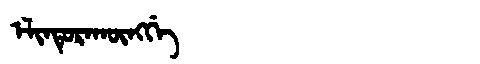
Manchu: ᡝᠯᡳᠨᡨᡠᡵᠠᡴᡡᠩᡤᡝ
Romanization: ELINTURAKŪNGGE